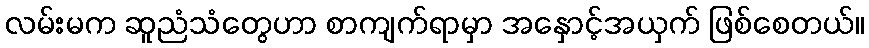
လမ်းမက ဆူညံသံတွေဟာ စာကျက်ရာမှာ အနှောင့်အယှက် ဖြစ်စေတယ်။